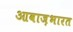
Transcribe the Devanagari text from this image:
आवाज़भारत